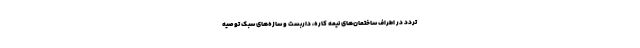
تردد در اطراف ساختمان‌های نیمه کاره، داربست و سازه‌های سبک توصیه